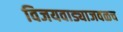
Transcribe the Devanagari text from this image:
विजयवाड्याजवळच